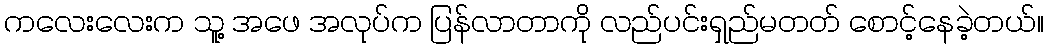
ကလေးလေးက သူ့ အဖေ အလုပ်က ပြန်လာတာကို လည်ပင်းရှည်မတတ် စောင့်နေခဲ့တယ်။